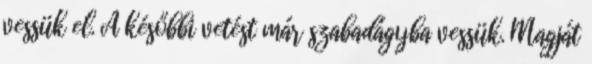
vessük el. A későbbi vetést már szabadágyba vessük. Magját